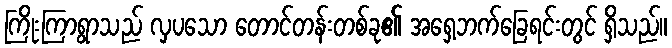
ကြိုးကြာရွာသည် လှပသော တောင်တန်းတစ်ခု၏ အရှေ့ဘက်ခြေရင်းတွင် ရှိသည်။